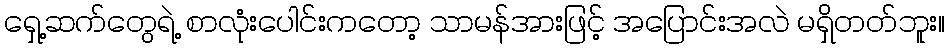
ရှေ့ဆက်တွေရဲ့ စာလုံးပေါင်းကတော့ သာမန်အားဖြင့် အပြောင်းအလဲ မရှိတတ်ဘူး။